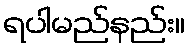
ရပါမည်နည်း။